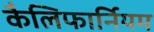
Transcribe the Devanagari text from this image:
कैलिफार्नियम